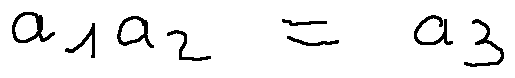
a _ { 1 } a _ { 2 } = a _ { 3 }